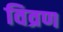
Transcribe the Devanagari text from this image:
विव्रण